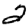
Digit: 2